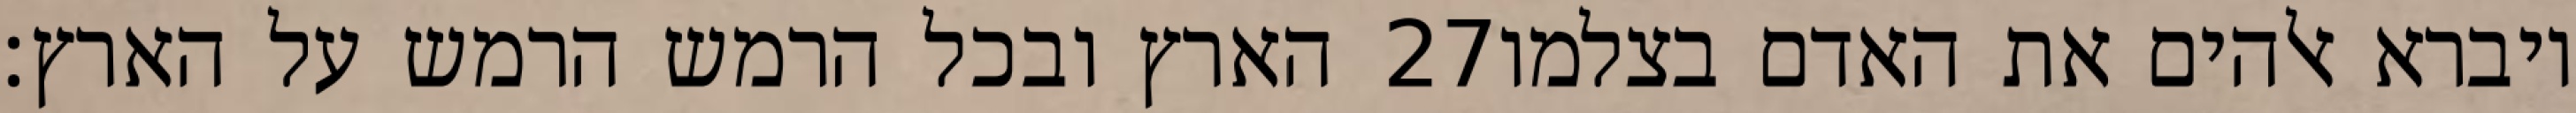
הארץ ובכל הרמש הרמש על הארץ׃ ‎27‏ ויברא אלהים את האדם בצלמו